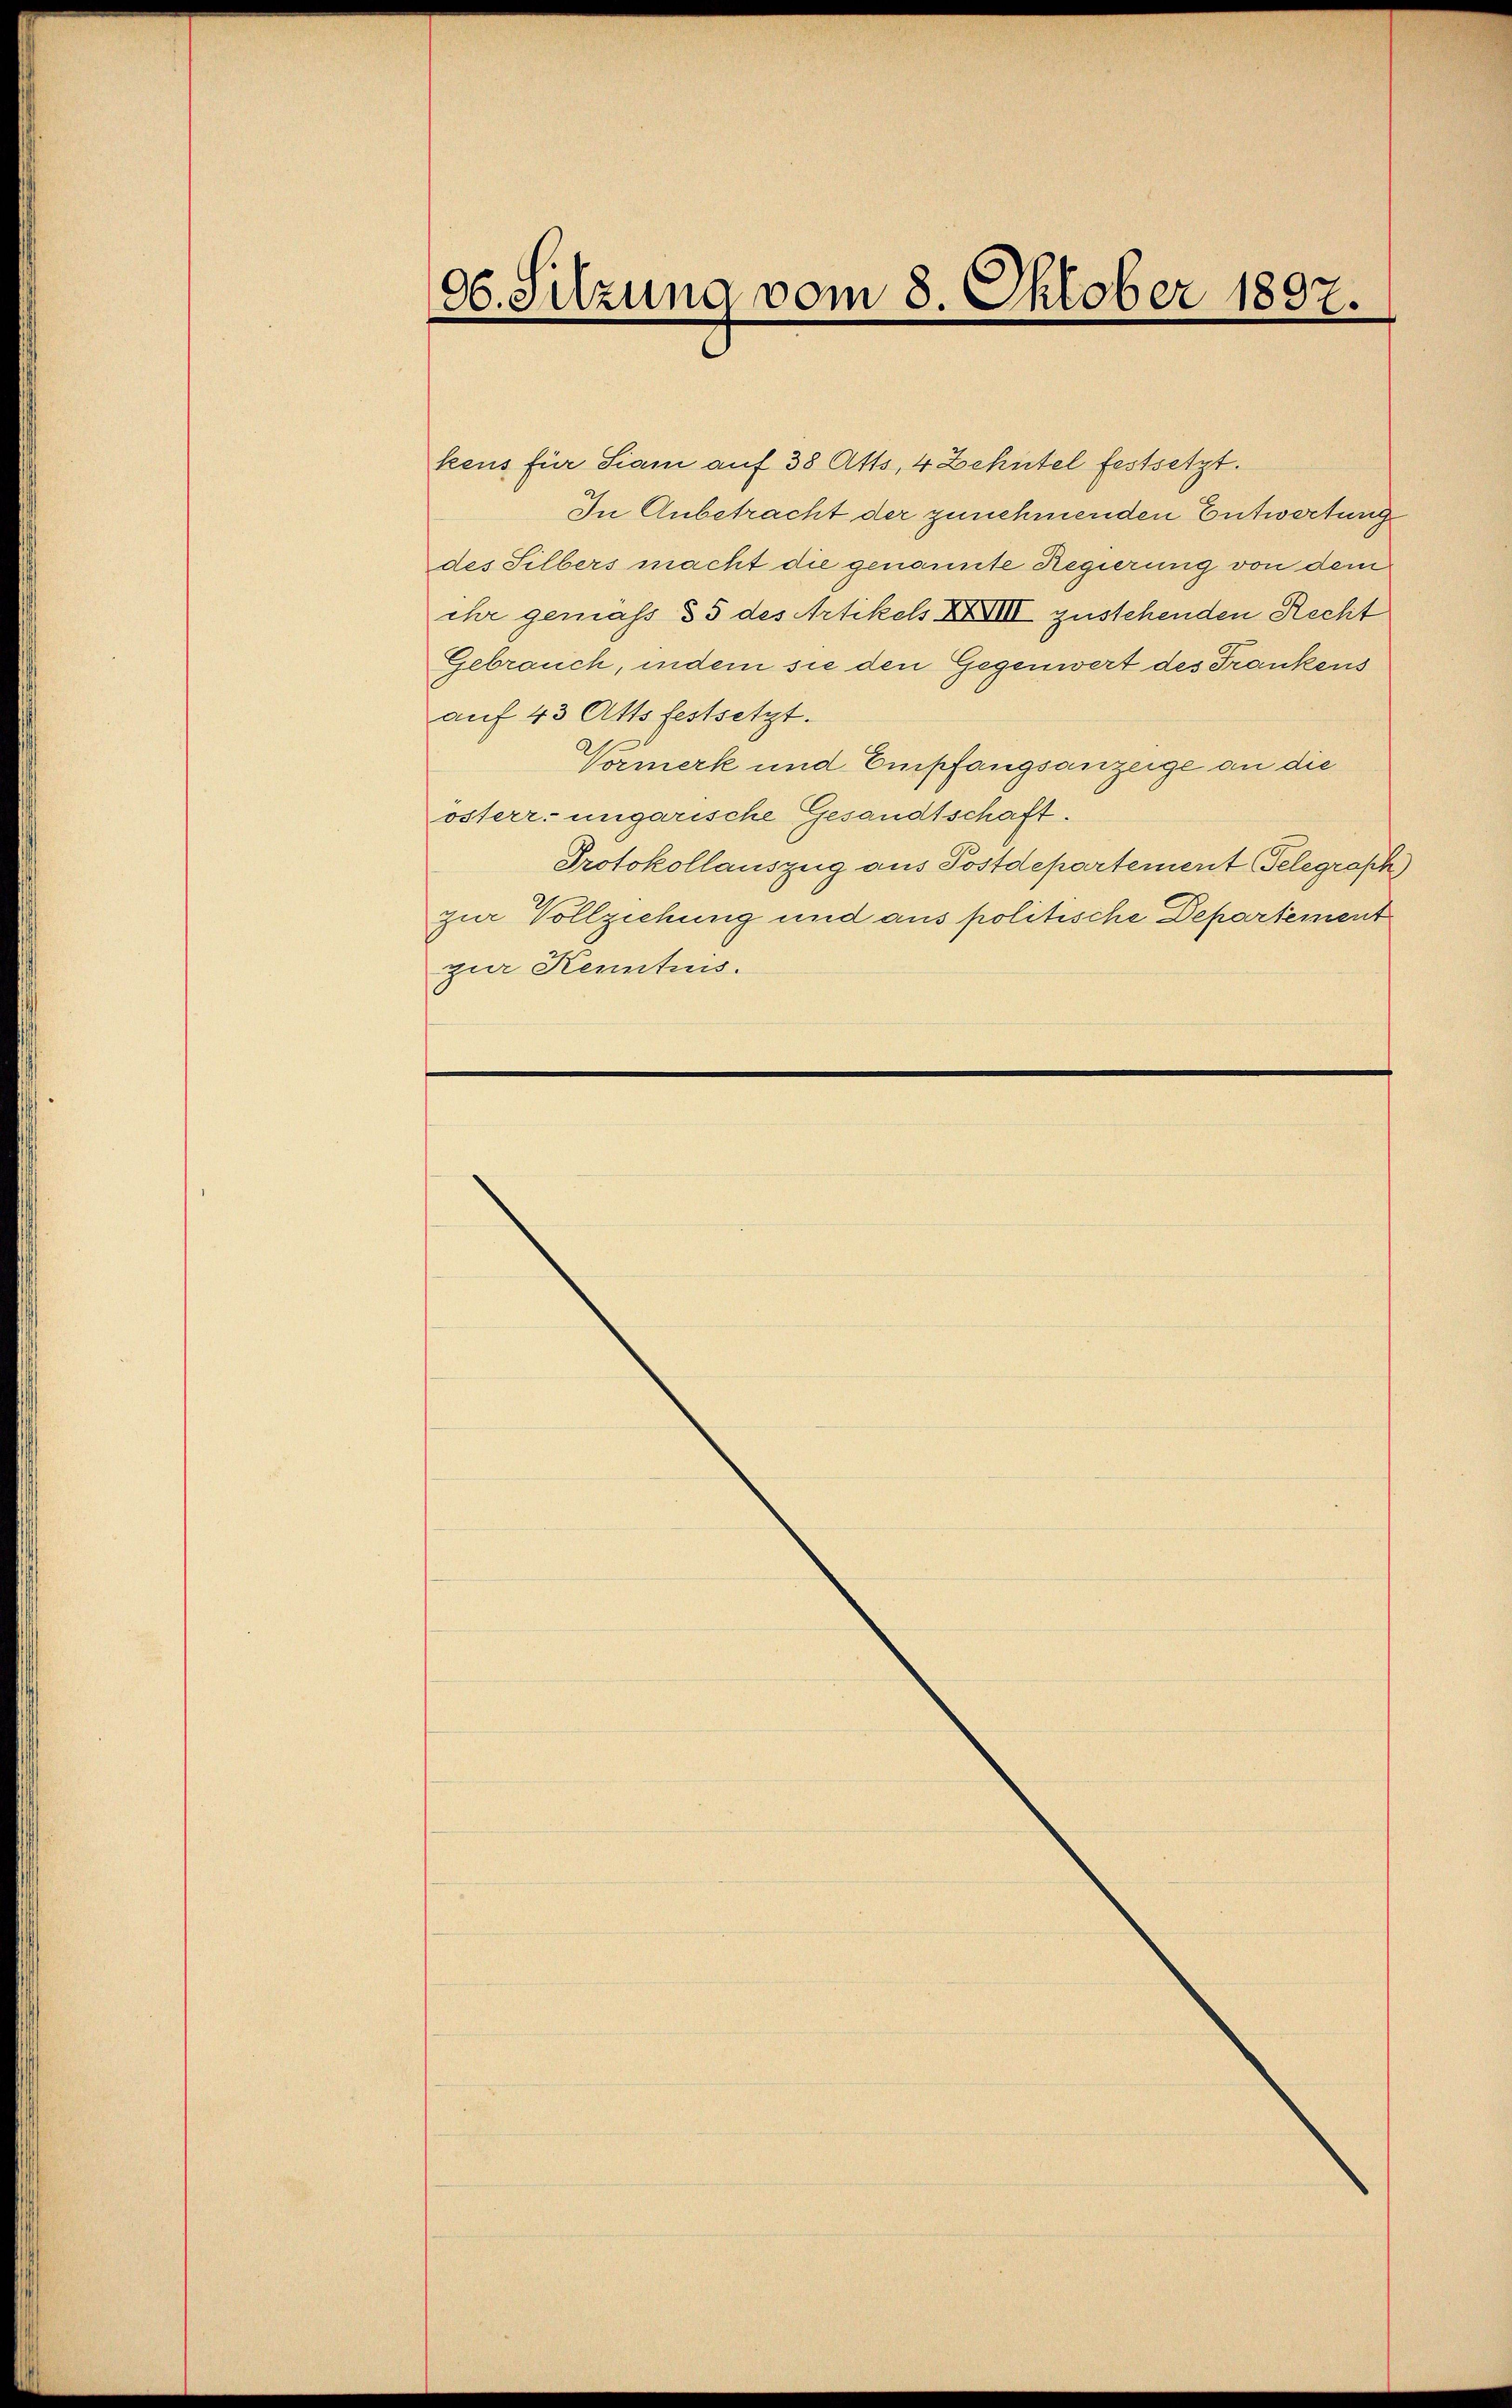
06. Sitzung vom 8. Oktober 1897.

kens für Siam auf 38 Atts, 4 Zehntel festsetzt.
In Anbetracht der zunehmenden Entwertung
des Silbers macht die genannte Regierung von dem
ihr gemäss § 5 des Artikels XXIII zustehenden Recht
Gebrauch, indem sie den Gegenwert des Frankens
auf 43 Atts festsetzt.
Vormerk und Empfangsanzeige an die
österr. ungarische Gesandtschaft.
Protokollauszug aus Postdepartement Telegraph
zur Vollziehung und aus politische Departemen.
zur Kenntes.